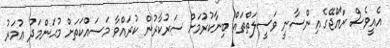
އެއީވެސް ރާއްޖޭގެ އިންސާނީ ވަސީލަތްތައް ބިނާކުރުމަށް ސަރުކާރުން ކުރައްވާ މަސައްކަތަށް މުޙަންމަދު ޢުމަރު